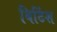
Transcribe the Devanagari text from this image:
बिटिंश